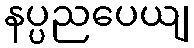
နပ္ပညပေယျ